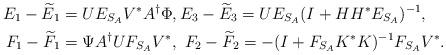
LaTeX: \begin{align*}E_{1}-\widetilde{E}_{1}&=UE_{S_{A}}V^{\ast}A^{\dagger}\Phi,E_{3}-\widetilde{E}_{3}=UE_{S_{A}}(I+HH^{\ast}E_{S_{A}})^{-1},\\F_{1}-\widetilde{F}_{1}&=\Psi A^{\dagger}UF_{S_{A}}V^{\ast},\ F_{2}-\widetilde{F}_{2}=-(I+F_{S_{A}}K^{\ast} K)^{-1}F_{S_{A}}V^{\ast}.\end{align*}